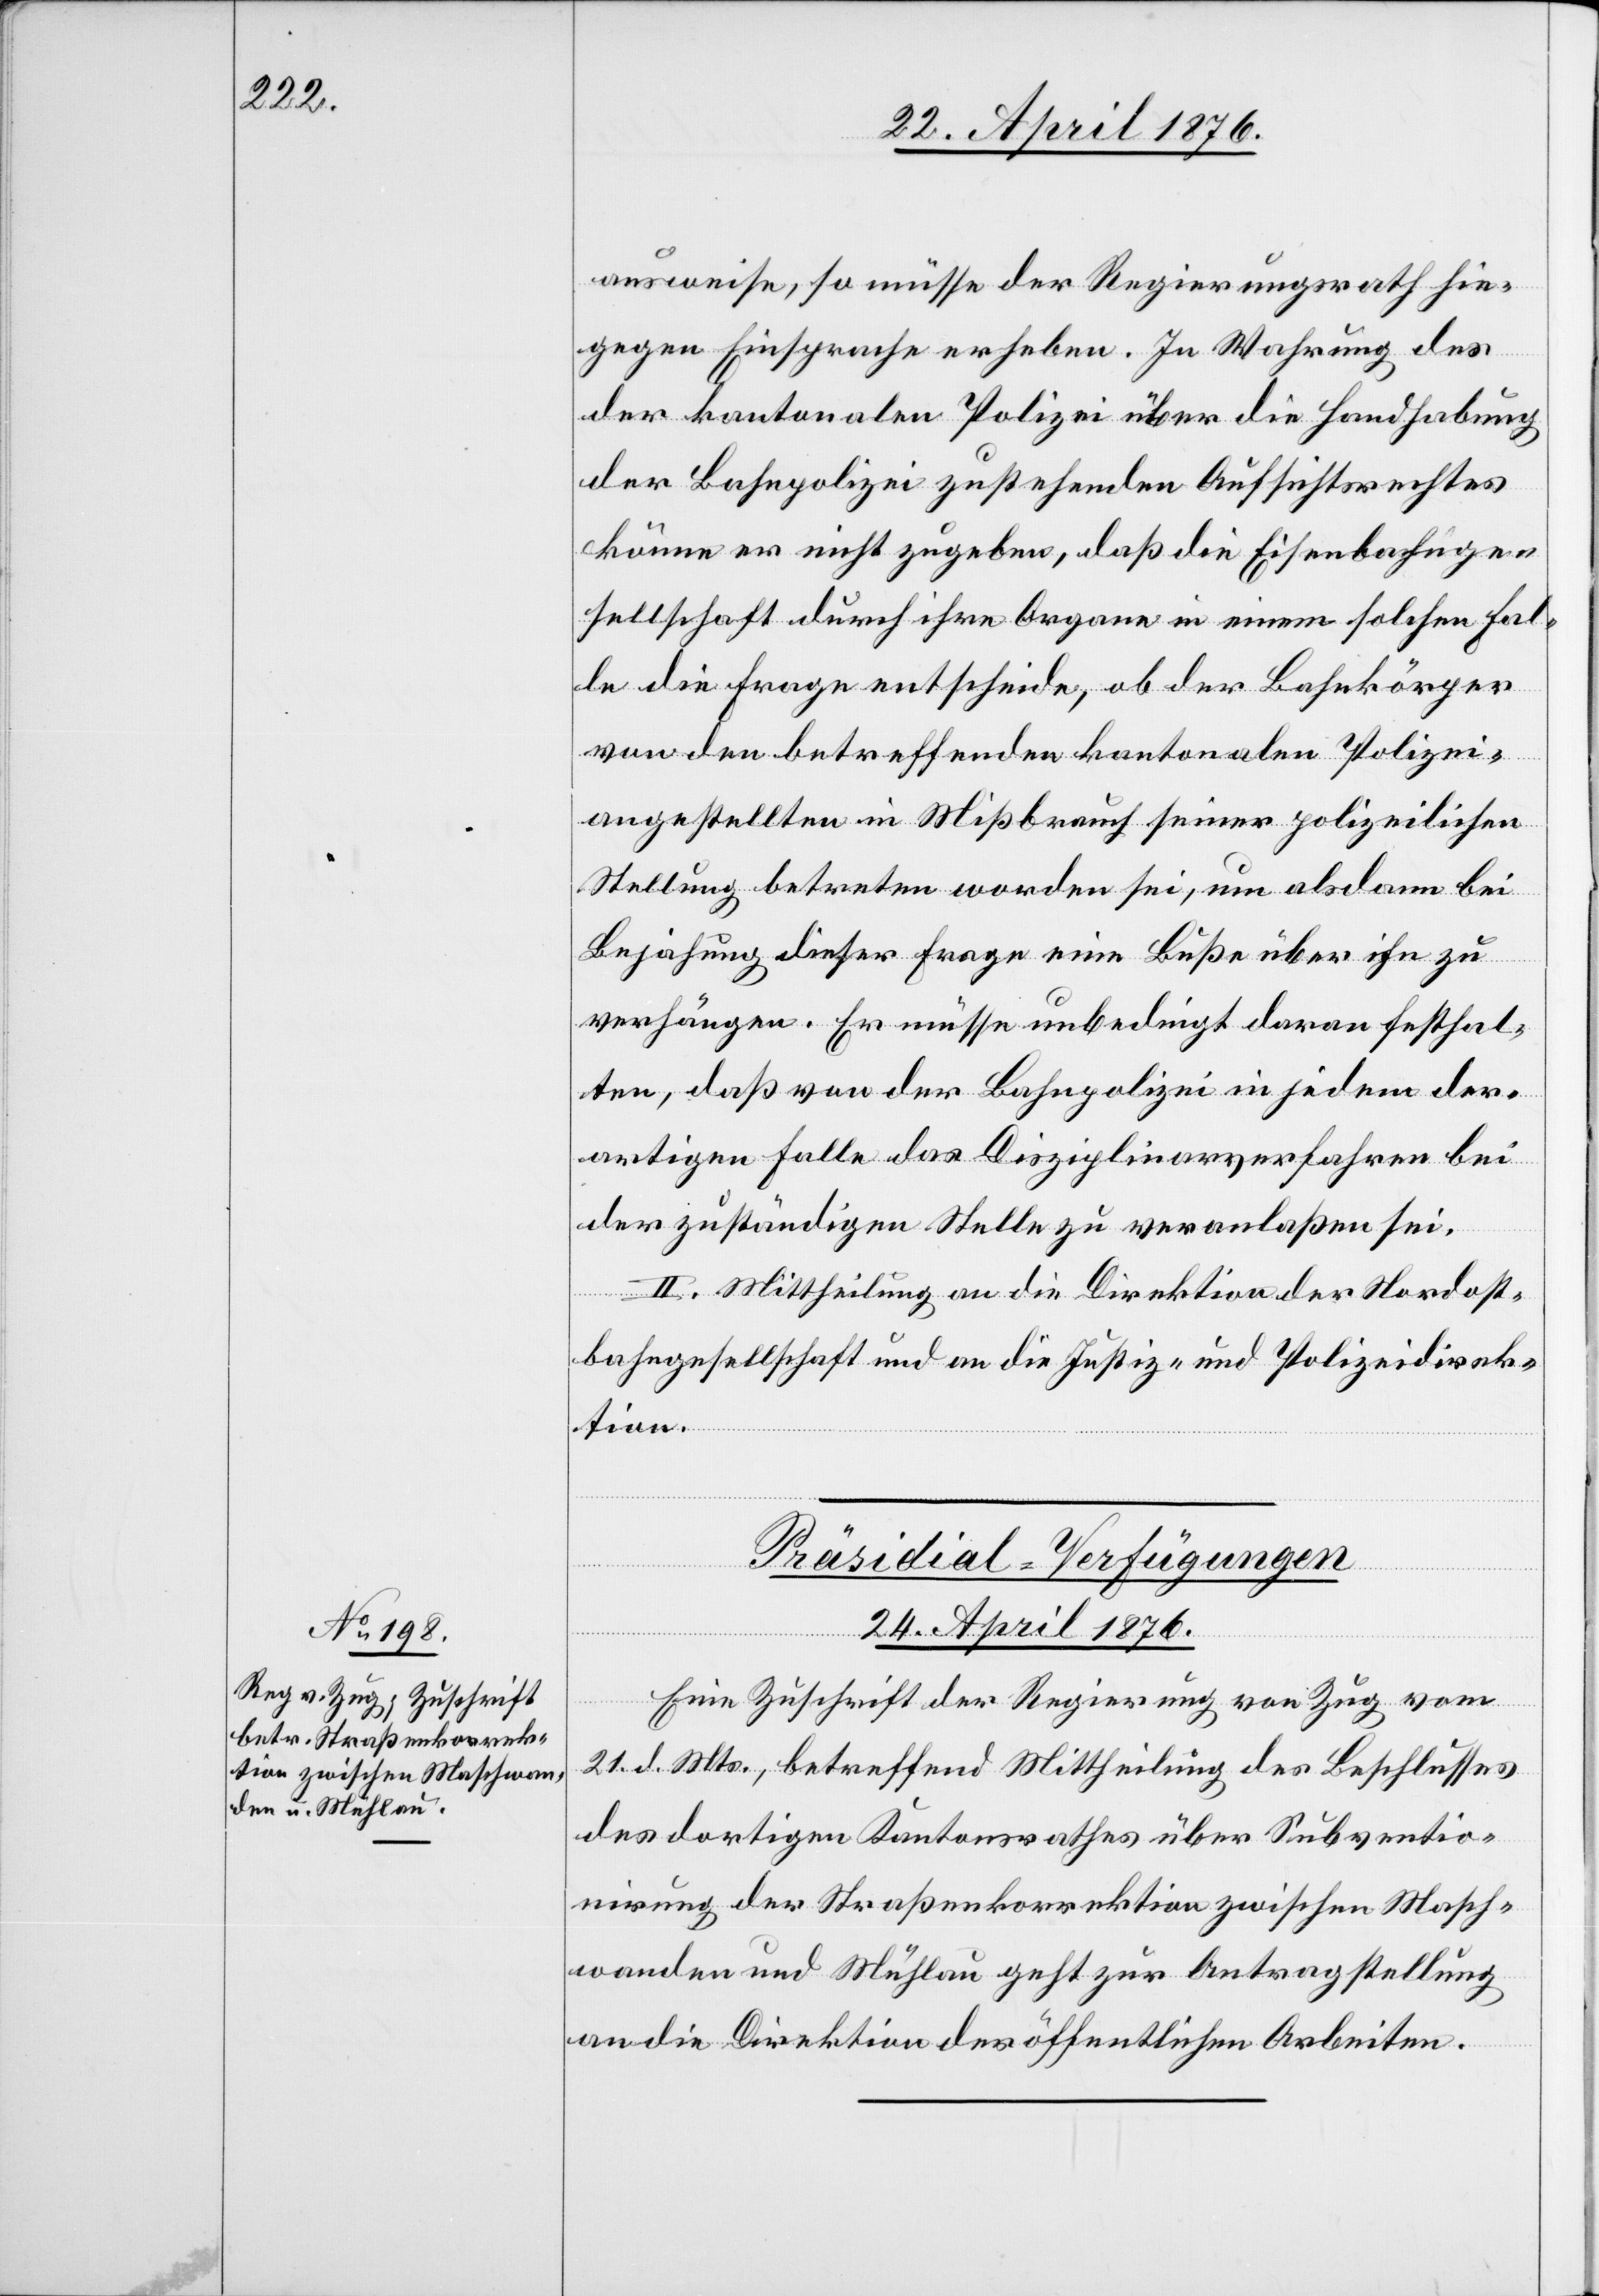
ausweise, so müsse der Regierungsrath hin¬
gegen Einsprache erheben. In Wahrung des
der kantonalen Polizei über die Handhabung
der Bahnpolizei zustehenden Aufsichtsrechtes
könne er nicht zugeben, daß die Eisenbahnge¬
sellschaft durch ihre Organe in einem solchen Fal¬
le die Frage entscheide, ob der Bahnkörper
von [sic!] betreffenden kantonalen Polizei¬
angestellten in Mißbrauch seiner polizeilichen
Stellung betreten worden sei, um alsdann bei
Bejahung dieser Frage eine Buße über ihn zu
verhängen. Er müsse unbedingt daran festhal¬
ten, daß von der Bahnpolizei in jedem der¬
artigen Falle das Disziplinarverfahren bei
der zuständigen Stelle zu veranlaßen sei.
II. Mittheilung an die Direktion der Nordost¬
bahngesellschaft und an die Justiz- und Polizeidirek¬
tion.
Präsidial-Verfügungen
24. April 1876.
Eine Zuschrift der Regierung von Zug vom
21. d. Mts., betreffend Mittheilung des Beschlusses
des dortigen Kantonsrathes über Subventio¬
nirung der Straßenkorrektion zwischen Masch¬
wanden und Mühlau geht zur Antragstellung
an die Direktion der öffentlichen Arbeiten.